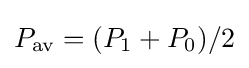
P_{\text{av}}=(P_{1}+P_{0})/2